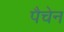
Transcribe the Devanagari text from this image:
पैचेन